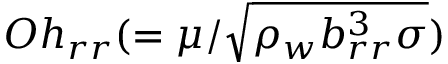
O h _ { r r } ( = \mu / \sqrt { \rho _ { w } b _ { r r } ^ { 3 } \sigma } )